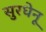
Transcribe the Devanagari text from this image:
सुरधेनू